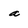
Character: a